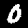
Label: 0